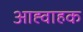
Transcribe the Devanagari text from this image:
आह्वाहक